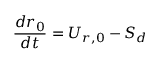
\frac { d r _ { 0 } } { d t } = U _ { r , 0 } - S _ { d }